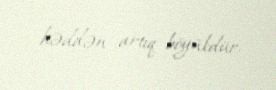
həddən artıq böyükdür.